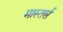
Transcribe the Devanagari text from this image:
मास्तर्स